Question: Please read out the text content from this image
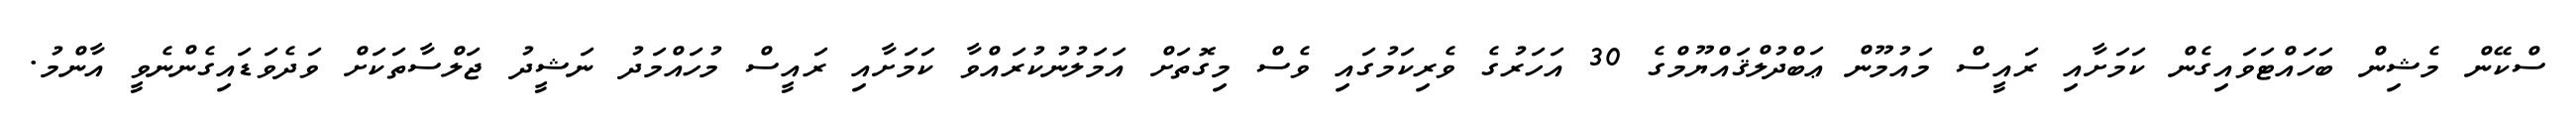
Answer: ސްކޭން މެޝިން ބަހައްޓަވައިގެން ކަމަށާއި ރައީސް މައުމޫން ޢަބްދުލްޤައްޔޫމްގެ 30 އަހަރުގެ ވެރިކަމުގައި ވެސް މިގޮތަށް އަމަލުނުކުރައްވާ ކަމަށާއި ރައީސް މުހައްމަދު ނަޝީދު ޖަލްސާތަކަށް ވަދެވަޑައިގެންނެވީ އާންމު.